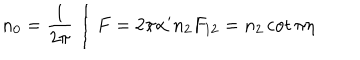
n _ { 0 } = { \frac { 1 } { 2 \pi } } \int F = 2 \pi \alpha ^ { \prime } n _ { 2 } F _ { 1 2 } = n _ { 2 } \cot \pi \eta